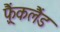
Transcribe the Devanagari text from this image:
फ़्रैंकलैंड